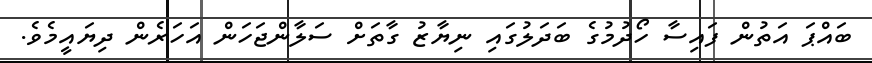
ބައްޕަ އަތުން ފައިސާ ހޯދުމުގެ ބަދަލުގައި ނިޔާޒު ގާތަށް ސަލާންޖަހަން އަހަރެން ދިޔައީމެވެ.